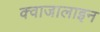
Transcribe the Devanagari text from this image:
क्वाजालाइन